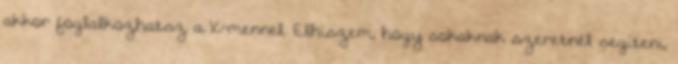
akkor foglalkozhatsz a X-mennel. Elhiszem, hogy sokaknak szeretnél segíteni,